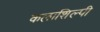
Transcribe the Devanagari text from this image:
कलाशिल्पी